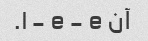
آن l - e - e.